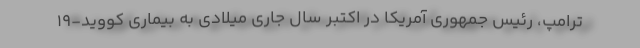
ترامپ، رئیس جمهوری آمریکا در اکتبر سال جاری میلادی به بیماری کووید-۱۹